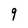
Character: 9